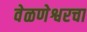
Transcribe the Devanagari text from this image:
वेळणेश्वरचा